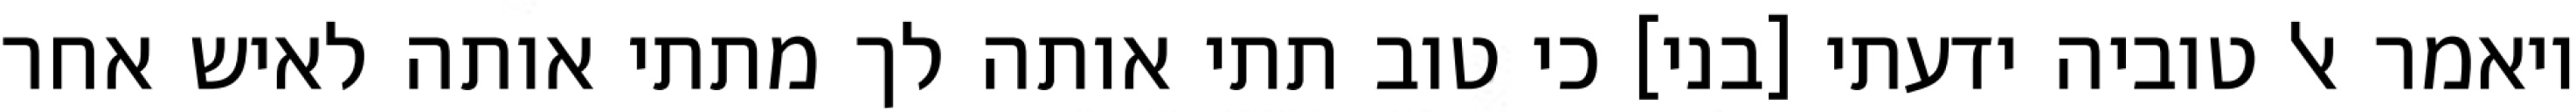
ויאמר אל טוביה ידעתי [בני] כי טוב תתי אותה לך מתתי אותה לאיש אחר